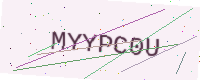
Text: MYYPC0U